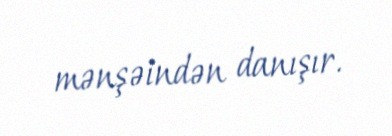
mənşəindən danışır.